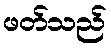
ဖတ်သည်